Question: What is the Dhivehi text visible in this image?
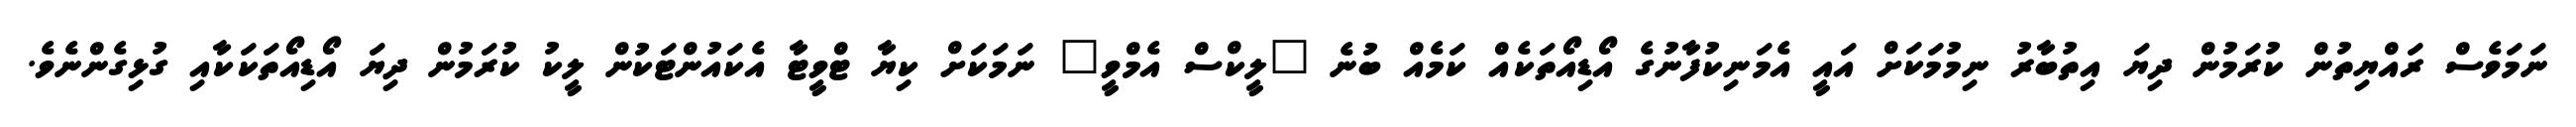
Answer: ނަމަވެސް ރައްޔިތުން ކުރަމުން ދިޔަ އިތުބާރު ނިމުމަކަށް އައީ އެމަނިކުފާނުގެ އޯޑިއޯތަކެއް ކަމެއް ބުނެ "ލީކްސް އެމްވީ" ނަމަކަށް ކިޔާ ޓްވީޓާ އެކައުންޓަކުން ލީކު ކުރަމުން ދިޔަ އޯޑިއޯތަކަކާއި ގުޅިގެންނެވެ.